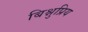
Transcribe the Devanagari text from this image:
बिश्नुप्रिय